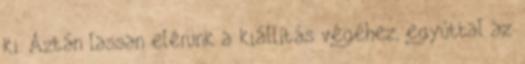
ki. Aztán lassan elérünk a kiállítás végéhez, egyúttal az